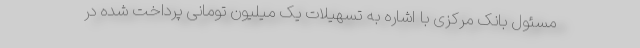
مسئول بانک مرکزی با اشاره به تسهیلات یک میلیون تومانی پرداخت شده در